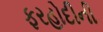
ફરહોદીની